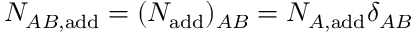
N _ { A B , \mathrm { a d d } } = ( N _ { \mathrm { a d d } } ) _ { A B } = N _ { A , \mathrm { a d d } } \delta _ { A B }